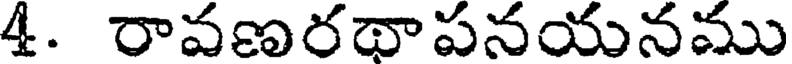
4. రావణరథాపనయనము